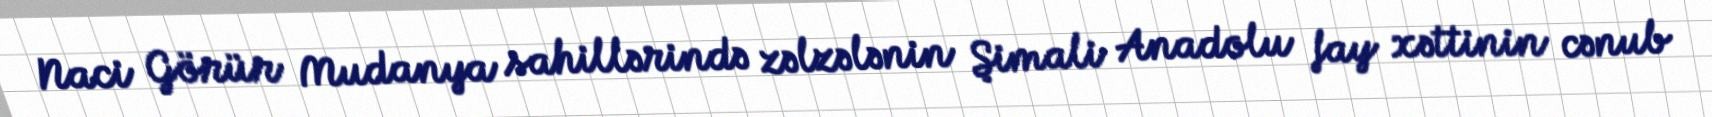
Naci Görür Mudanya sahillərində zəlzələnin Şimali Anadolu fay xəttinin cənub